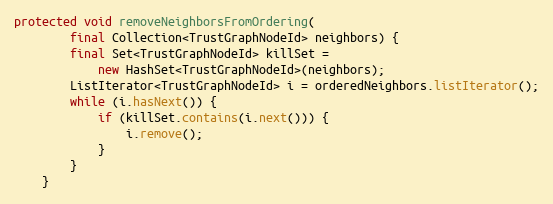
Language: Java
protected void removeNeighborsFromOrdering(
        final Collection<TrustGraphNodeId> neighbors) {
        final Set<TrustGraphNodeId> killSet =
            new HashSet<TrustGraphNodeId>(neighbors);
        ListIterator<TrustGraphNodeId> i = orderedNeighbors.listIterator();
        while (i.hasNext()) {
            if (killSet.contains(i.next())) {
                i.remove();
            }
        }
    }